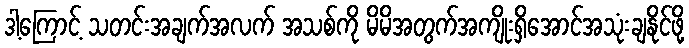
ဒါ့ကြောင့် သတင်းအချက်အလက် အသစ်ကို မိမိအတွက်အကျိုးရှိအောင်အသုံးချနိုင်ဖို့